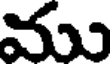
ము